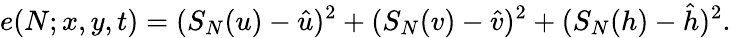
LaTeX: e(N;x,y,t)=(S_{N}(u)-\hat{u})^{2}+(S_{N}(v)-\hat{v})^{2}+(S_{N}(h)-\hat{h})^{2}.